Annual returns of the Patna Lunatic Asylum at Bankipore in Bihar and Orissa - 1912-1924
Year: 1912
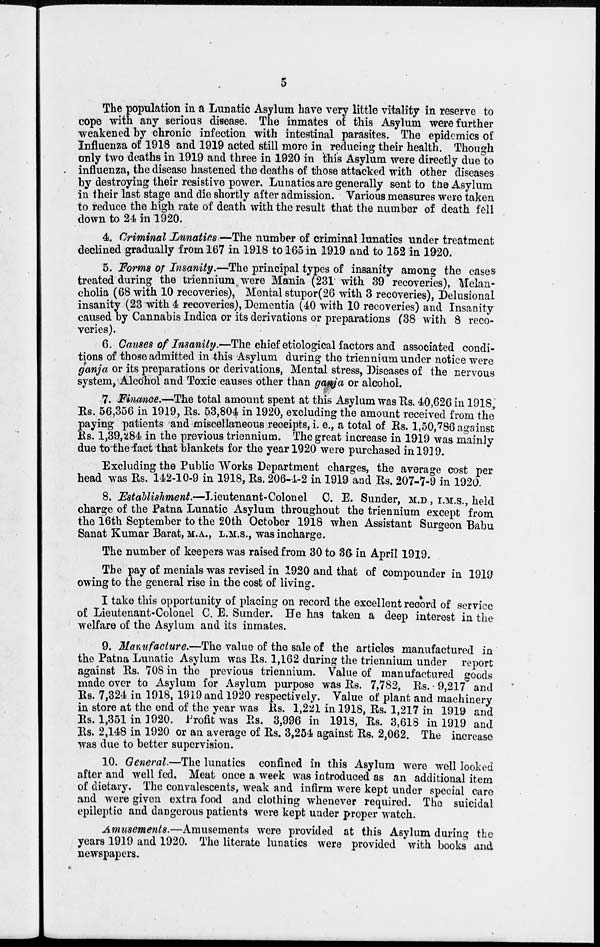
5
The population in a Lunatic Asylum have very little vitality in reserve to
cope with any serious disease. The inmates of this Asylum were further
weakened by chronic infection with intestinal parasites. The epidemics of
Influenza of 1918 and 1919 acted still more in reducing their health. Though
only two deaths in 1919 and three in 1920 in this Asylum were directly due to
influenza, the disease hastened the deaths of those attacked with other diseases
by destroying their resistive power. Lunatics are generally sent to the Asylum
in their last stage and die shortly after admission. Various measures were taken
to reduce the high rate of death with the result that the number of death fell
down to 24 in 1920.
4. Criminal Lunatics—The number of criminal lunatics under treatment
declined gradually from 167 in 1918 to 165 in 1919 and to 152 in 1920.
5. Forms of Insanity.—The principal types of insanity among the cases
treated during the triennium were Mania (231 with 39 recoveries), Melan-
cholia (68 with 10 recoveries), Mental stupor(26 with 3 recoveries), Delusional
insanity (23 with 4 recoveries), Dementia (40 with 10 recoveries) and Insanity
caused by Cannabis Indica or its derivations or preparations (38 with 8 reco-
veries).
6. Causes of Insanity.—The chief etiological factors and associated condi-
tions of those admitted in this Asylum during the triennium under notice were
ganja or its preparations or derivations, Mental stress, Diseases of the nervous
system, Alcohol and Toxic causes other than ganja or alcohol.
7. Finance.—The total amount spent at this Asylum was Rs. 40,626 in 1918,
Rs. 56,356 in 1919, Rs. 53,804 in 1920, excluding the amount received from the
paying patients and miscellaneous receipts, i. e., a total of Rs. 1,50,786 against
Rs. 1,39,284 in the previous triennium. The great increase in 1919 was mainly
due to the fact that blankets for the year 1920 were purchased in 1919.
Excluding the Public Works Department charges, the average cost per
head was Rs. 142-10-9 in 1918, Rs. 206-1-2 in 1919 and Rs. 207-7-9 in 1920.
8. Establishment.—Lieutenant-Colonel C. E. Sunder, M.D, I.M.S., held
charge of the Patna Lunatic Asylum throughout the triennium except from
the 16th September to the 20th October 1918 when Assistant Surgeon Babu
Sanat Kumar Barat, M.A., L.M.S., was incharge.
The number of keepers was raised from 30 to 36 in April 1919.
The pay of menials was revised in 1920 and that of compounder in 1919
owing to the general rise in the cost of living.
I take this opportunity of placing on record the excellent record of service
of Lieutenant-Colonel C. E. Sunder. He has taken a deep interest in the
welfare of the Asylum and its inmates.
9. Manufacture.—The value of the sale of the articles manufactured in
the Patna Lunatic Asylum was Rs. 1,162 during the triennium under report
against Rs. 708 in the previous triennium. Value of manufactured goods
made over to Asylum for Asylum purpose was Rs. 7,782, Rs. 9,217 and
Rs. 7,324 in 1918, 1919 and 1920 respectively. Value of plant and machinery
in store at the end of the year was Rs. 1,221 in 1918, Rs. 1,217 in 1919 and
Rs. 1,351 in 1920. Profit was Rs. 3,996 in 1918, Rs. 3,618 in 1919 and
Rs. 2,148 in 1920 or an average of Rs. 3,254 against Rs. 2,062. The increase
was due to better supervision.
10. General.—The lunatics confined in this Asylum were well looked
after and well fed. Meat once a week was introduced as an additional item
of dietary. The convalescents, weak and infirm were kept under special care
and were given extra food and clothing whenever required. The suicidal
epileptic and dangerous patients were kept under proper watch.
Amusements.—Amusements were provided at this Asylum during the
years 1919 and 1920. The literate lunatics were provided with books and
newspapers.